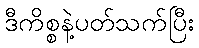
ဒီကိစ္စနဲ့ပတ်သက်ပြီး